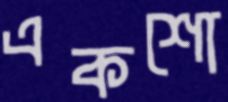
একশো